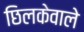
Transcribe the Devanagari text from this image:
छिलकेवाले